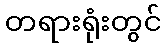
တရားရုံးတွင်